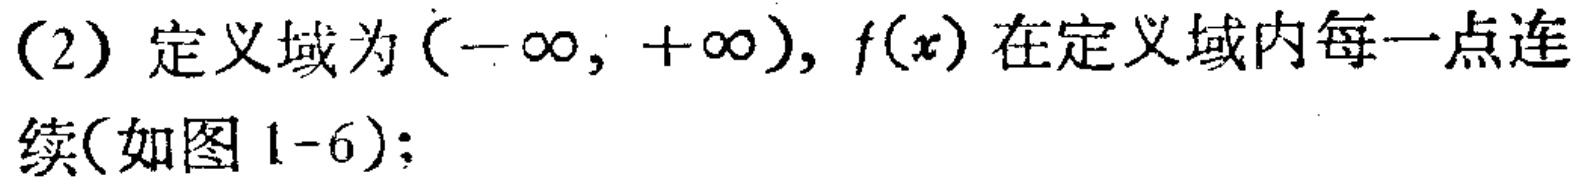
(2) 定义域为\((-\infty, +\infty)\)，\(f(x)\)在定义域内每一点连续(如图 1-6)；